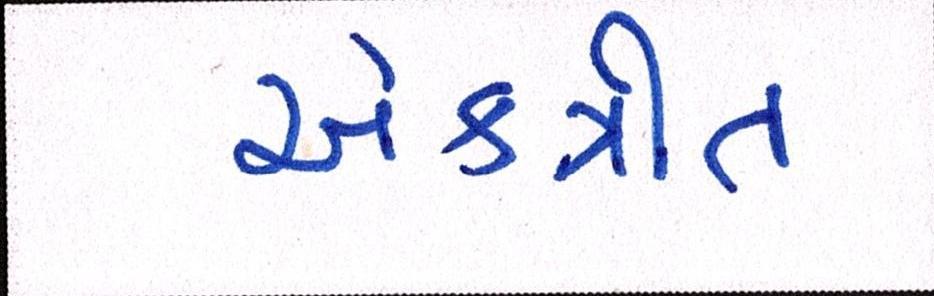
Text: એકત્રીત